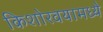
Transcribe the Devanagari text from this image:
किशोरवयामध्ये